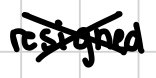
Text: resigned
Cross-out: cross
Writing tool: digital_black